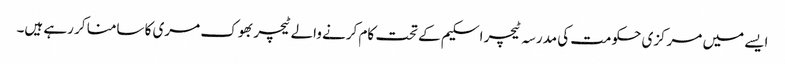
ایسے میں مرکزی حکومت کی مدرسہ ٹیچر اسکیم کے تحت کام کرنے والے ٹیچر بھوک مری کا سامنا کر رہے ہیں۔